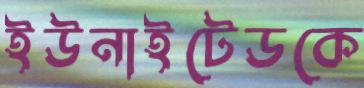
ইউনাইটেডকে